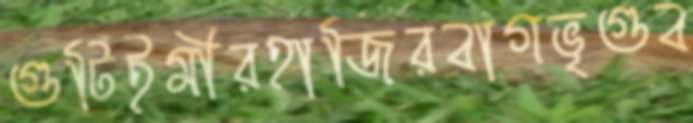
গুটিইমীরহাজিরবাগভৃগুব